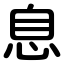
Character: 息